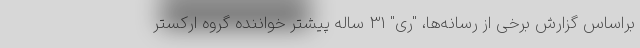
براساس گزارش‌ برخی از رسانه‌ها، "ری" 31 ساله پیشتر خواننده گروه ارکستر